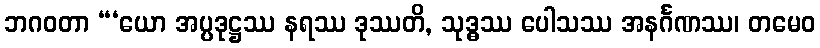
ဘဂဝတာ “‘ယော အပ္ပဒုဋ္ဌဿ နရဿ ဒုဿတိ, သုဒ္ဓဿ ပေါသဿ အနင်္ဂဏဿ၊ တမေဝ